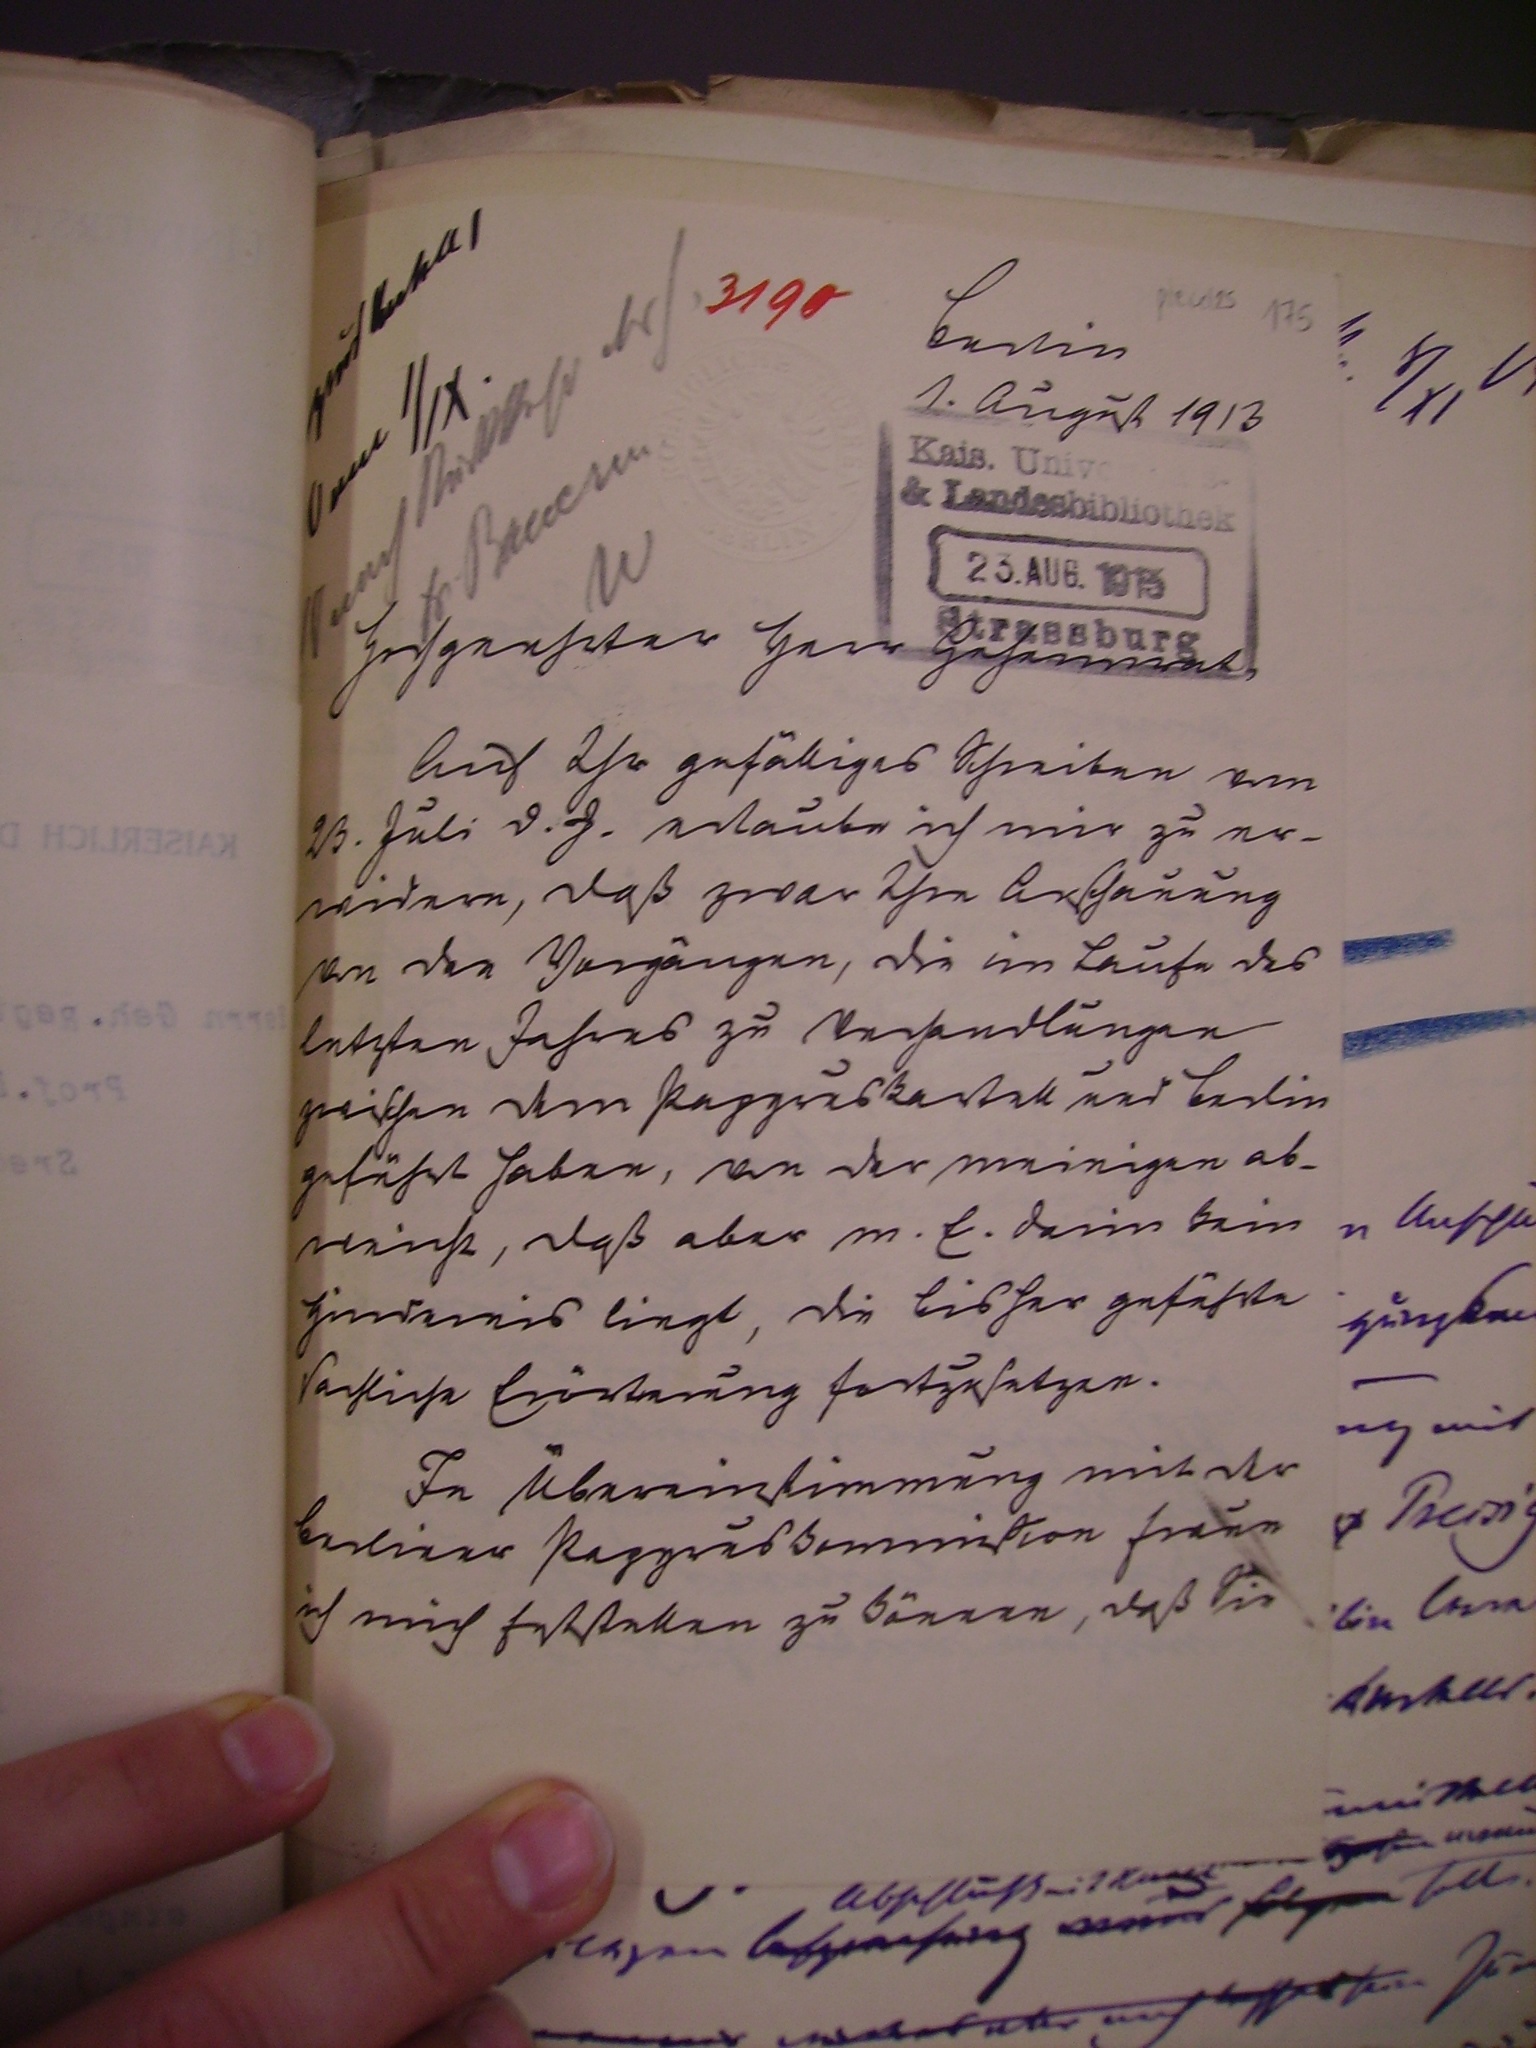
Berlin
1. august 1913

Hochgeehrter Herr Geheimrat,
Auf Ihr gefälliges Schreiben vom
23. Juli v.J. erlaube ich mir zu er¬
widern, daß zwar Ihre Anschauung
von den Vorgängen , die im Laufe des
letzten Jahrens zu Verhandlungen
zwischen dem Papyruskartell und Berlin
geführt haben, von der meinigen ab¬
weicht, daß aber m.E. darin kein
Hindernis liegt, die bisher geführte
sachliche Erörterung fortzusetzen.
In Übereinstimmung mit der
berliner Papyruskommission freue
ich mich feststellen zu können, daß Sie